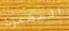
المضمون